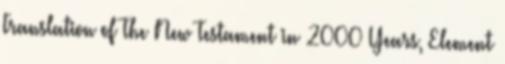
Translation of The New Testament in 2000 Years, Element